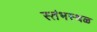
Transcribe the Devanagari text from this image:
स्तंभस्थळ